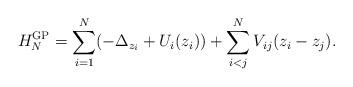
LaTeX: \begin{align*} H_N^{\rm GP}=\sum_{i=1}^N (-\Delta_{z_i} +U_i(z_i) )+\sum_{i<j}^N V_{ij}(z_i-z_j).\end{align*}